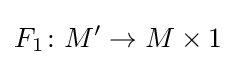
F_{1}\colon M'\to M\times 1